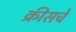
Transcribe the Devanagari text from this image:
क्रीसचे